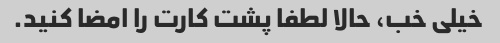
خیلی خب، حالا لطفا پشت کارت را امضا کنید.